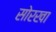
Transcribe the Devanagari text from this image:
सोरखा